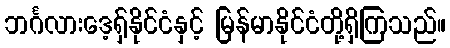
ဘင်္ဂလားဒေ့ရှ်နိုင်ငံနှင့် မြန်မာနိုင်ငံတို့ရှိကြသည်။